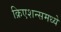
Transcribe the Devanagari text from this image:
क्रिएशन्समध्ये